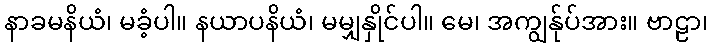
နာခမနိယံ၊ မခံ့ပါ။ နယာပနိယံ၊ မမျှနှိုင်ပါ။ မေ၊ အကျွန်ုပ်အား။ ဗာဠာ၊